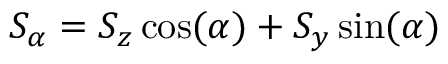
{ S _ { \alpha } = \ensuremath { S _ { z } } \cos ( \alpha ) + \ensuremath { S _ { y } } \sin ( \alpha ) }